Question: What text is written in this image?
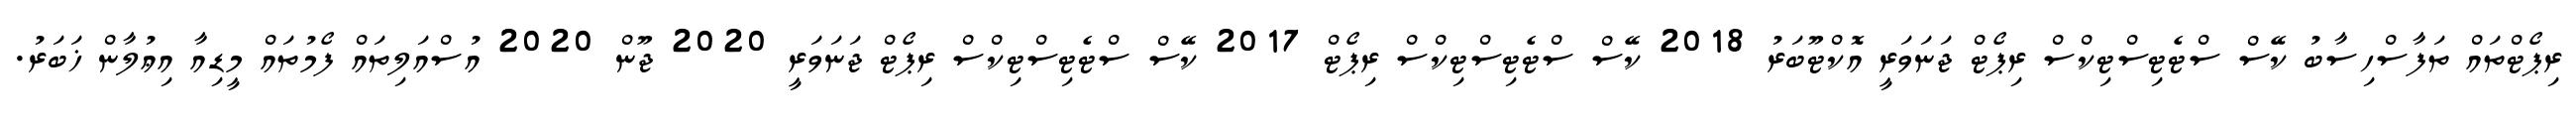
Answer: ރިޕޯޓްތައް ތަފާސްހިސާބު ކޭސް ސްޓެޓިސްޓިކްސް ރިޕޯޓް ޖަނަވަރީ އޮކްޓޫބަރު 2018 ކޭސް ސްޓެޓިސްޓިކްސް ރިޕޯޓް 2017 ކޭސް ސްޓެޓިސްޓިކްސް ރިޕޯޓް ޖަނަވަރީ 2020 ޖޫން 2020 އުސްއަލިތައް ފޯމުތައް މީޑިއާ އިޢުލާން ޚަބަރު.